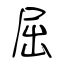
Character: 屈